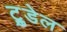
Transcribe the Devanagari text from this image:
ट्रुडेल